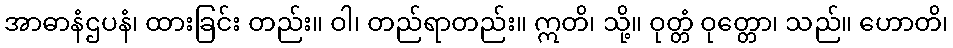
အာဓာနံဌပနံ၊ ထားခြင်း တည်း။ ဝါ၊ တည်ရာတည်း။ ဣတိ၊ သို့။ ဝုတ္တံ ဝုတ္တော၊ သည်။ ဟောတိ၊